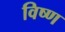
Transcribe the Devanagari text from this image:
विष्ण